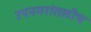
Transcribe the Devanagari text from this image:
उपनगरांसाठीच